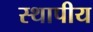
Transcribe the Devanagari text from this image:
स्थापीय